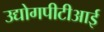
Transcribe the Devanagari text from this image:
उद्योगपीटीआई